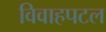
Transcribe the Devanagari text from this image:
विवाहपटल